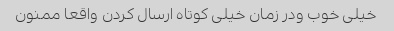
خیلی خوب ودر زمان خیلی کوتاه ارسال کردن واقعا ممنون